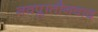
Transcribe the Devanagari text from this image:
नवप्लातौनवाद